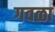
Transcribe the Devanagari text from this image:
गवळा